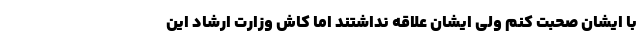
با ایشان صحبت کنم ولی ایشان علاقه نداشتند اما کاش وزارت ارشاد این